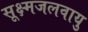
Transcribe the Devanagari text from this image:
सूक्ष्मजलवायु